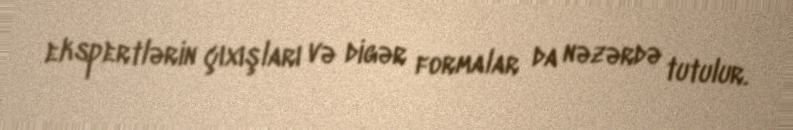
ekspertlərin çıxışları və digər formalar da nəzərdə tutulur.